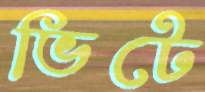
ভিটে